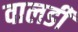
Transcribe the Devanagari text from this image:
वालडी